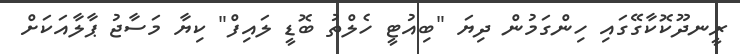
ރީނދޫކޮކާގޭގައި ހިންގަމުން ދިޔަ "ބިއުޓީ ހެލްތު ބޮޑީ ލައިފް" ކިޔާ މަސާޖު ޕާލާއަކަށް